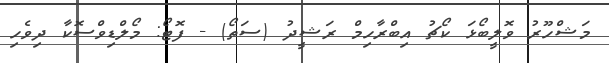
މަޝްހޫރު ވޮލީބޯޅަ ކޯޗު އިބްރާހިމް ރަޝީދު (ސަތޯ) - ފޮޓޯ: މޯލްޑިވްސޮކާ ދިވެހި